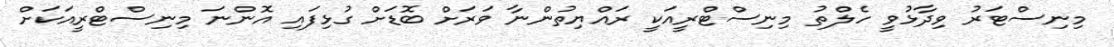
މިނިސްޓަރު ވިދާޅުވީ ހެލްތު މިނިސްޓްރީއަކީ ރައްޔިތުންނާ ވަރަށް ބޮޑަށް ގުޅިފައި އޮންނަ މިނިސްޓްރީއަކަށް